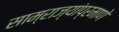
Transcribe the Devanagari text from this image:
साम्राज्यांप्रमाणे